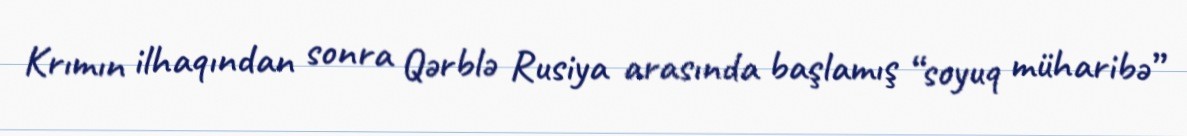
Krımın ilhaqından sonra Qərblə Rusiya arasında başlamış “soyuq müharibə”